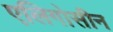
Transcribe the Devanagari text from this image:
एलिगोसीन